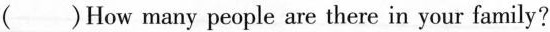
( )How many people are there in your family?